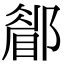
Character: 𨞅